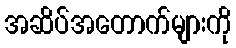
အဆိပ်အတောက်များကို